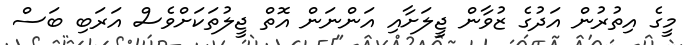
މީގެ އިތުރުން އަދުގެ ޒުވާން ޖީލަށާއި އަންނަން އޮތް ޖީލުތަކަށްވެސް އަރަބި ބަސް